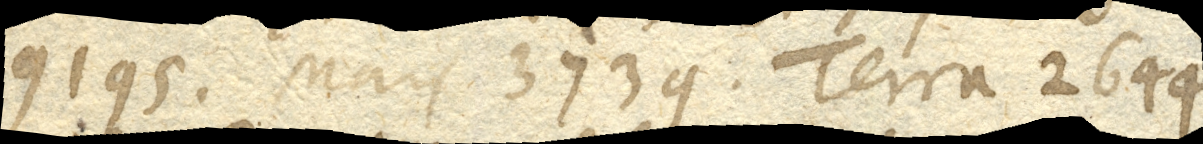
9159. Mars 3739. Terra 2644.